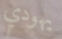
يهودي